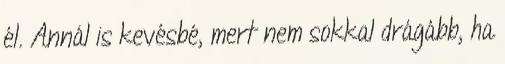
él. Annál is kevésbé, mert nem sokkal drágább, ha